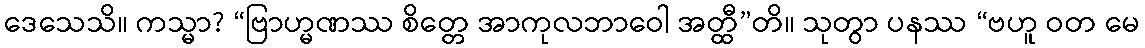
ဒေသေသိ။ ကသ္မာ? “ဗြာဟ္မဏဿ စိတ္တေ အာကုလဘာဝေါ အတ္ထီ”တိ။ သုတွာ ပနဿ “ဗဟူ ဝတ မေ